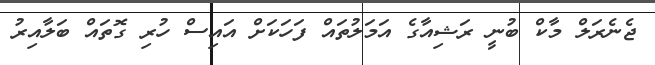
ޖެނެރަލް މާކް ބުނީ ރަޝިއާގެ އަމަލުތައް ފަހަކަށް އައިސް ހުރި ގޮތައް ބަލާއިރު